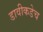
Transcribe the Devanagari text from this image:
डावीकडेच